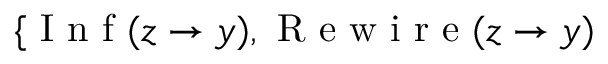
\{ \ensuremath { \mathrm { ~ I ~ n ~ f ~ } } ( z \to y ) , \ensuremath { \mathrm { ~ R ~ e ~ w ~ i ~ r ~ e ~ } } ( z \to y )